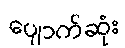
ပျောက်ဆုံး